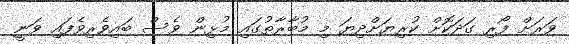
ވަރަށް ފޯރި ގަދަކޮށް ކުރިޔަށްދިޔަ މި މުބާރާތުގައި މުޅިން ވެސް ބައިވެރިވެފައި ވަނީ